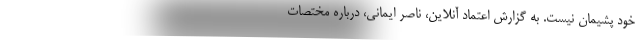
خود پشیمان نیست. به گزارش اعتماد آنلاین، ناصر ایمانی، درباره مختصات